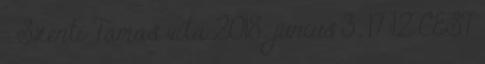
: Szenti Tamás vita 2018. június 3., 17:12 CEST